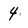
Character: 4